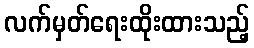
လက်မှတ်ရေးထိုးထားသည့်